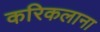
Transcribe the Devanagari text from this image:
करिकलाना